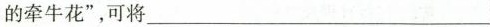
的牵牛花”，可将___